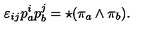
\varepsilon _ { i j } p _ { a } ^ { i } p _ { b } ^ { j } = \star ( \pi _ { a } \wedge \pi _ { b } ) .